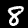
Digit: 8